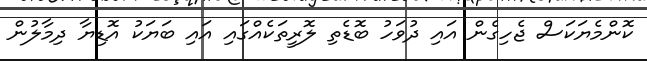
ކޮންމެޔަކަސް ޖެހިގެން އައި ދުވަހު ބޮޑެތި ލޮރީތަކެއްގައި އައި ބަޔަކު އޮޑިޔާ ދިމާލުން